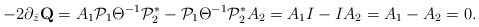
\begin{align*}-2\partial_{\bar z}{\mbox{\bf Q}}=A_1\mathcal P_1\Theta^{-1}{\mathcal P_2^*}-\mathcal P_1\Theta^{-1}{\mathcal P_2^*}A_2=A_1I- IA_2=A_1-A_2=0.\end{align*}